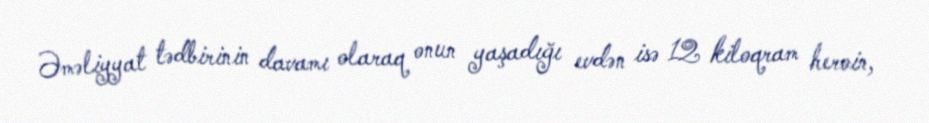
Əməliyyat tədbirinin davamı olaraq onun yaşadığı evdən isə 12 kiloqram heroin,